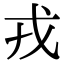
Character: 戎